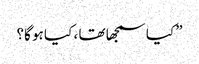
” کیا سمجھا تھا ، کیا ہو گا؟